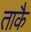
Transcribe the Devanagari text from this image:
ताकै